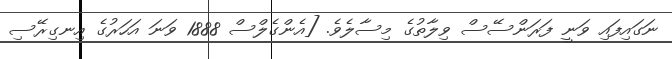
ނަގައިފައި ވަނީ ފަރަންސޭސް ވިލާތުގެ މިސާލެވެ. [އެންގެލްސް 1888 ވަނަ އަހަރުގެ އިނގިރޭސި